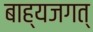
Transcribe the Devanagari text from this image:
बाह्यजगत्‌